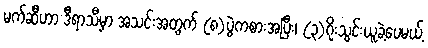
မက်ဆီဟာ ဒီရာသီမှာ အသင်းအတွက် (၈)ပွဲကစားအပြီး၊ (၃)ဂိုးသွင်းယူခဲ့ပေမယ့်